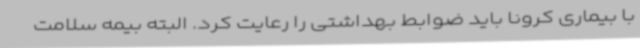
با بیماری کرونا باید ضوابط بهداشتی را رعایت کرد. البته بیمه سلامت